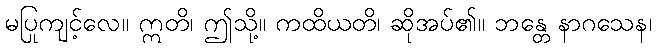
မပြုကျင့်လေ။ ဣတိ၊ ဤသို့။ ကထိယတိ၊ ဆိုအပ်၏။ ဘန္တေ နာဂသေန၊